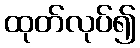
ထုတ်လုပ်၍